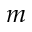
m